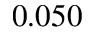
0 . 0 5 0